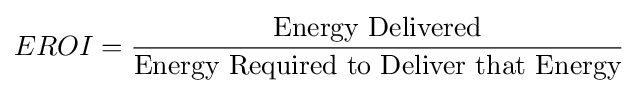
EROI={\frac {\hbox{Energy Delivered}}{\hbox{Energy Required to Deliver that Energy}}}